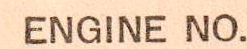
ENGINE NO.